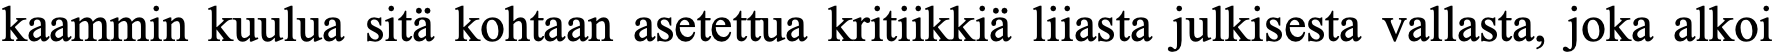
kaammin kuulua sitä kohtaan asetettua kritiikkiä liiasta julkisesta vallasta, joka alkoi